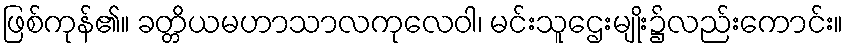
ဖြစ်ကုန်၏။ ခတ္တိယမဟာသာလကုလေဝါ၊ မင်းသူဌေးမျိုး၌လည်းကောင်း။